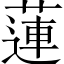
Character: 蓮